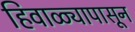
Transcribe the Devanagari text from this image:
हिवाळ्यापासून